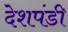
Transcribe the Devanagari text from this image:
देशपंडी